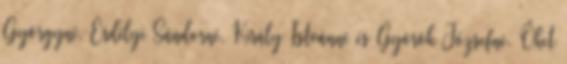
Györgyné, Erdélyi Sándorné, Király Istvánné és Györök Józsefné. Őket